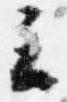
云